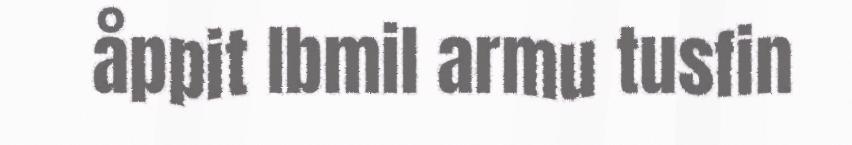
åppit Ibmil armu tusfin